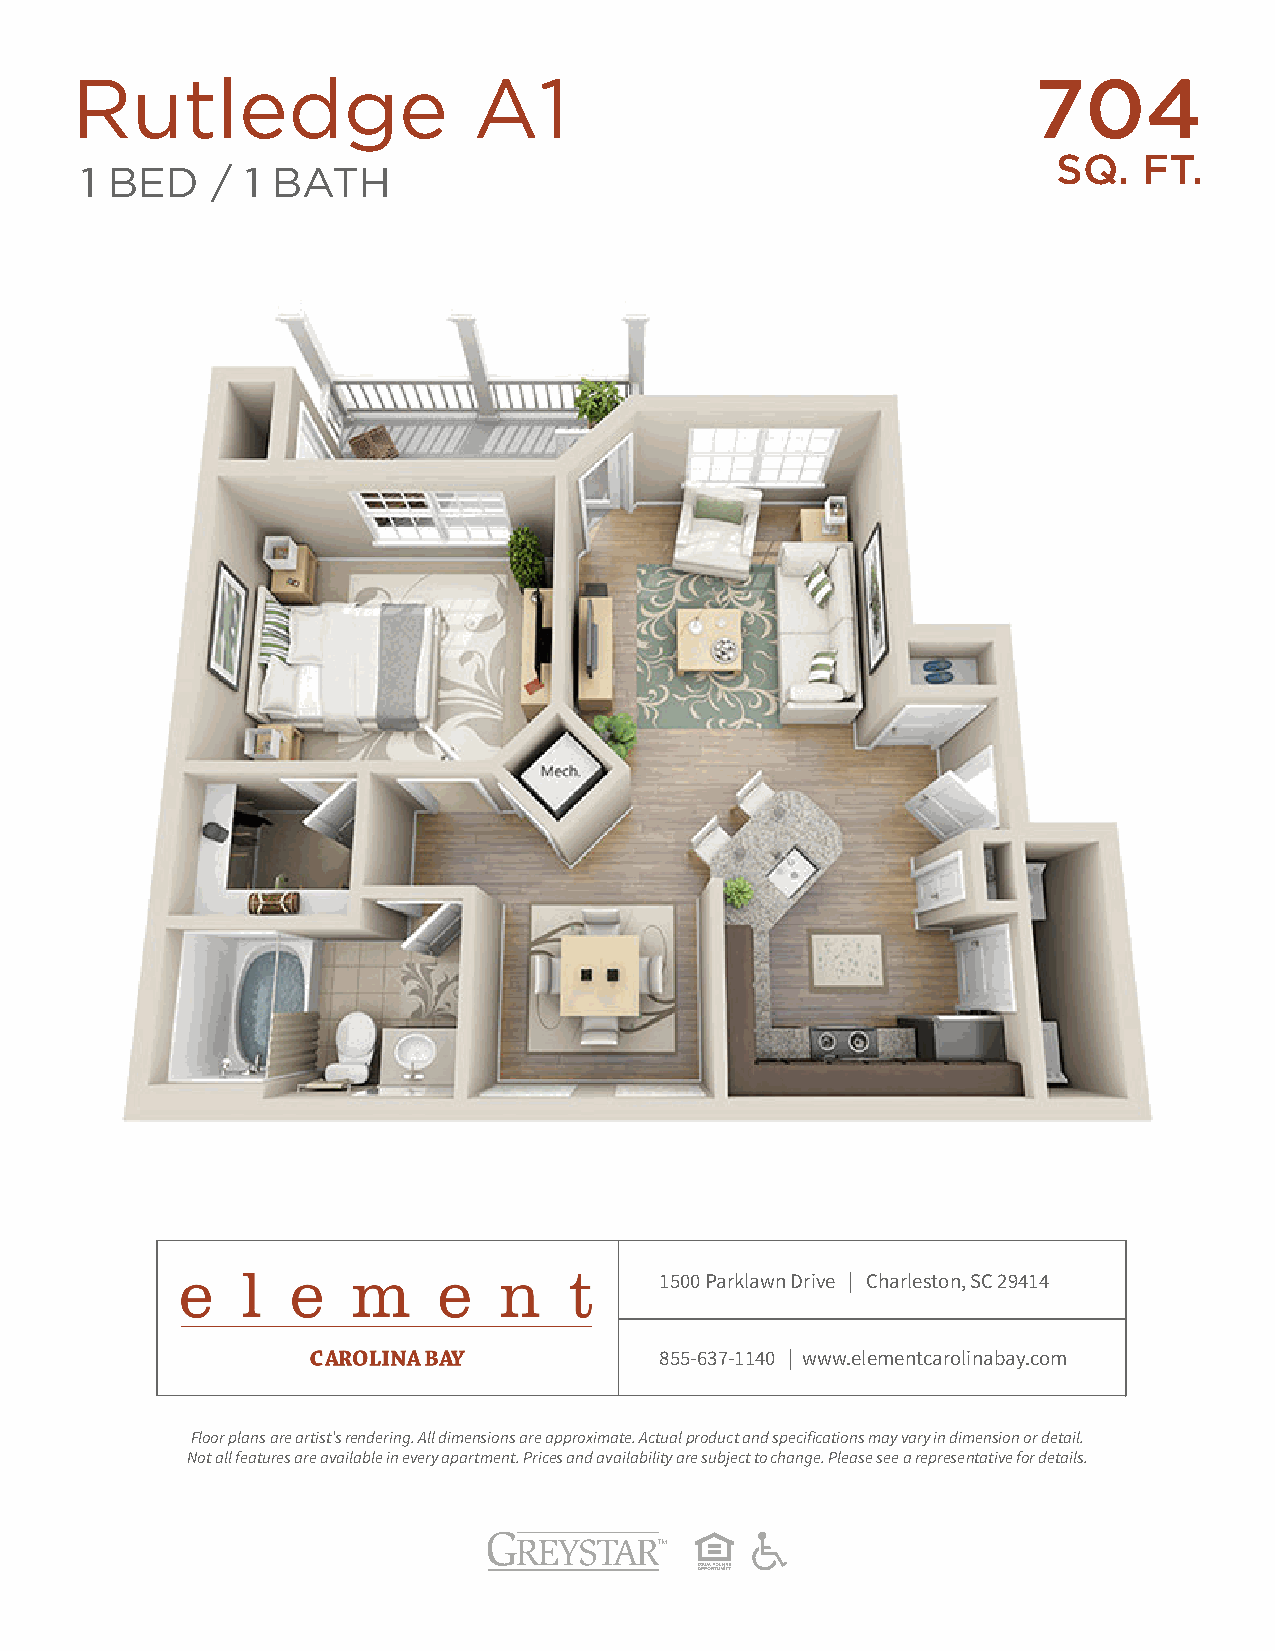
Rutledge                  A1                                   704
 SQ.   FT.
 1 BED    / 1 BATH
 1500 Parklawn Drive | Charleston, SC 29414
 855-637-1140 | www.elementcarolinabay.com
 Floor plans are artist’s rendering. All dimensions are approximate. Actual product and specifications may vary in dimension or detail.
 Not all features are available in every apartment. Prices and availability are subject to change. Please see a representative for details.